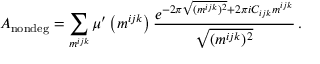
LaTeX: A _ { \mathrm { n o n d e g } } = \sum _ { m ^ { i j k } } \mu ^ { \prime } \left( m ^ { i j k } \right) \frac { e ^ { - 2 \pi \sqrt { ( m ^ { i j k } ) ^ { 2 } } + 2 \pi i C _ { i j k } m ^ { i j k } } } { \sqrt { ( m ^ { i j k } ) ^ { 2 } } } \, .